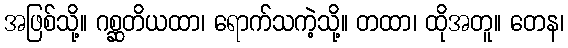
အဖြစ်သို့။ ဂစ္ဆတိယထာ၊ ရောက်သကဲ့သို့။ တထာ၊ ထိုအတူ။ တေန၊